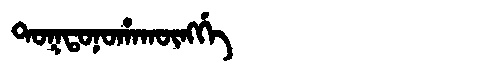
Manchu: ᡨᠣᡴᡨᠣᠨᠣᡥᠠᡴᡡᠩᡤᡝ
Romanization: TOKTONOHAKŪNGGE